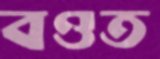
বওত